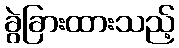
ခွဲခြားထားသည့်